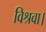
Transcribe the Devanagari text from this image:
विश्रवा।